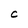
Character: C